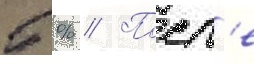
5 % // Посл'е